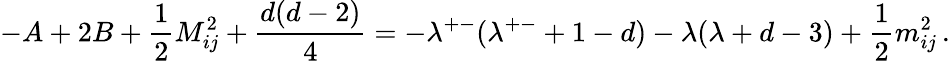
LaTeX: -A+2B+\frac{1}{2}M_{ij}^{2}+\frac{d(d-2)}{4}=-\lambda^{+-}(\lambda^{+-}+1-d)-\lambda(\lambda+d-3)+\frac{1}{2}m_{ij}^{2}\, .